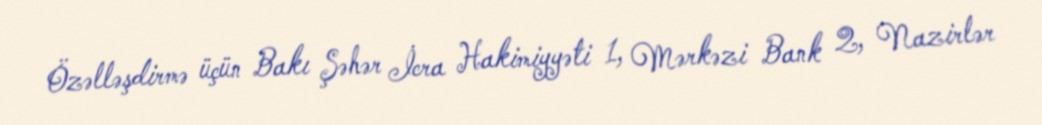
Özəlləşdirmə üçün Bakı Şəhər İcra Hakimiyyəti 1, Mərkəzi Bank 2, Nazirlər